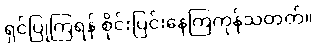
ရှင်ပြုကြရန် စိုင်းပြင်းနေကြကုန်သတတ်။